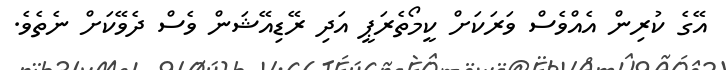
އޭގެ ކުރިން އެއްވެސް ވަރަކަށް ކީމޯތެރަޕީ އަދި ރޭޑިއޭޝަން ވެސް ދެވޭކަށް ނެތެވެ.